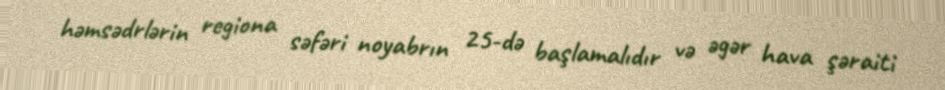
həmsədrlərin regiona səfəri noyabrın 25-də başlamalıdır və əgər hava şəraiti